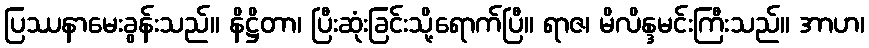
ပြဿနာမေးခွန်းသည်။ နိဋ္ဌိတာ၊ ပြီးဆုံးခြင်းသို့ရောက်ပြီ။ ရာဇ၊ မိလိန္ဒမင်းကြီးသည်။ အာဟ၊